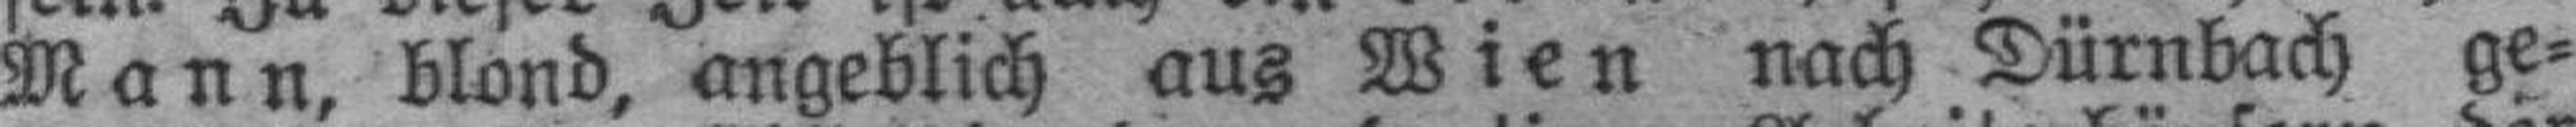
Mann, blond, angeblich aus Wien nach Dürnbach ge¬